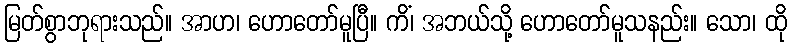
မြတ်စွာဘုရားသည်။ အာဟ၊ ဟောတော်မူပြီ။ ကိံ၊ အဘယ်သို့ ဟောတော်မူသနည်း။ သော၊ ထို